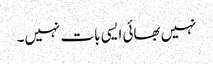
نہیں بھائی ایسی بات نہیں۔